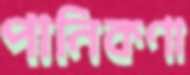
পানিকণা